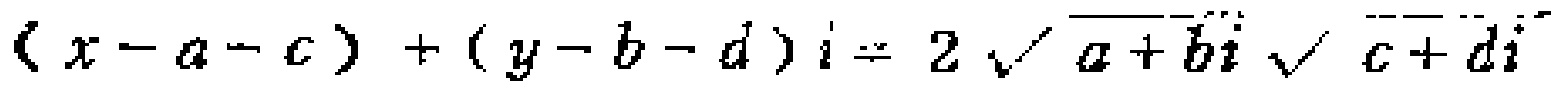
\((x - a - c)+(y - b - d)i = 2\sqrt{a + bi}\sqrt{c + di}\)